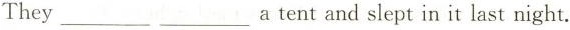
They ___ ___ a tent and slept in it last night.